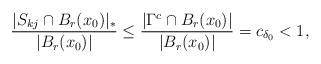
LaTeX: \begin{align*}\dfrac{|S_{kj}\cap B_r(x_0)|_*}{|B_r(x_0)|}\leq \dfrac{|\Gamma^c\cap B_r(x_0)|}{|B_r(x_0)|}=c_{\delta_0} <1,\end{align*}